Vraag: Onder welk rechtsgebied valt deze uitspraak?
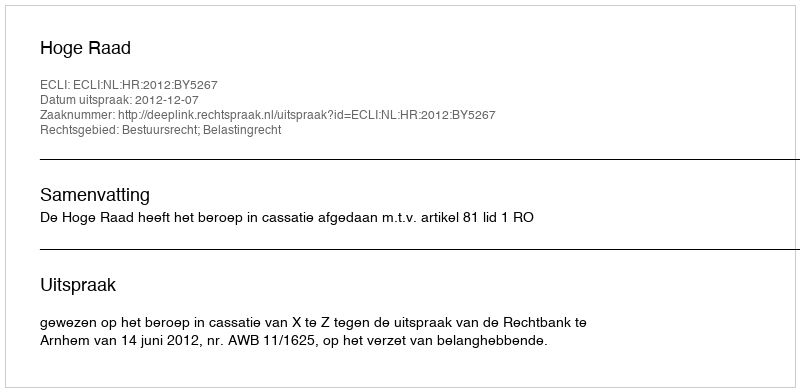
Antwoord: Bestuursrecht; Belastingrecht